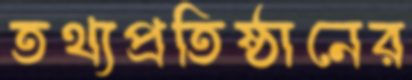
তথ্যপ্রতিষ্ঠানের